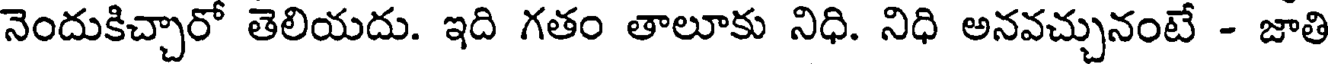
నెందుకిచ్చారో తెలియదు. ఇది గతం తాలూకు నిధి. నిధి అనవచ్చునంటే - జాతి